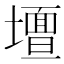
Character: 𭐀